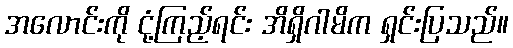
အလောင်းကို ငုံ့ကြည့်ရင်း အိရှိဂါမိက ရှင်းပြသည်။